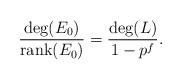
LaTeX: \begin{align*}\frac{\deg (E_0)}{\mathrm{rank} (E_0)}=\frac{\deg (L)}{1-p^f}.\end{align*}